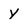
Character: Y